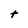
Character: t